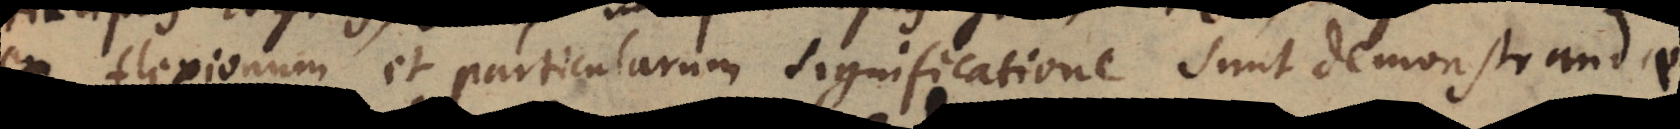
ex flexionum et particularum significatione sunt demonstrandae